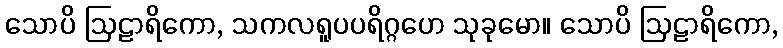
သောပိ ဩဠာရိကော, သကလရူပပရိဂ္ဂဟေ သုခုမော။ သောပိ ဩဠာရိကော,